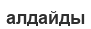
алдайды